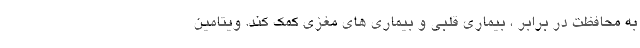
به محافظت در برابر ، بیماری قلبی و بیماری های مغزی کمک کند. ویتامین